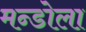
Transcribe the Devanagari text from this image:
मन्डोला